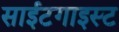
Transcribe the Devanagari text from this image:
साईटगाइस्ट